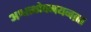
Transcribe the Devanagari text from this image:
अश्वत्थोपनयनव्रत